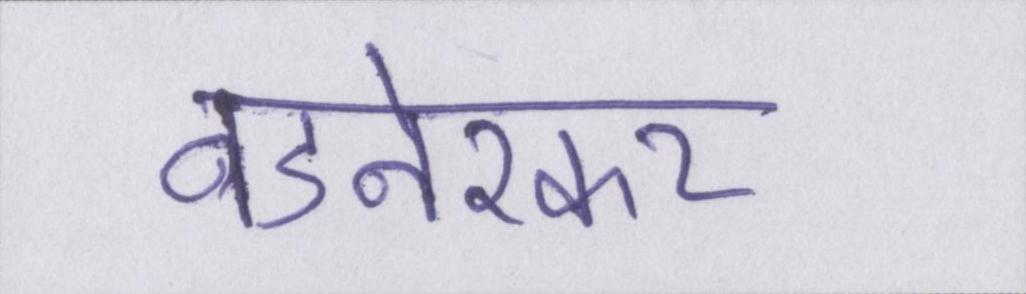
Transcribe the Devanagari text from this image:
वडनेरकर